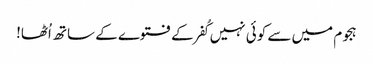
ہجوم میں سے کوئی نہیں کُفر کے فتوے کے ساتھ اُٹھا!